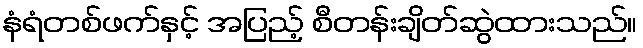
နံရံတစ်ဖက်နှင့် အပြည့် စီတန်းချိတ်ဆွဲထားသည်။